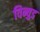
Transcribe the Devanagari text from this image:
विन्वुड